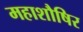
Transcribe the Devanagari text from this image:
महाशौषिर